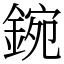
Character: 鋺